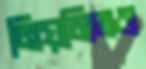
নিয়মিতও